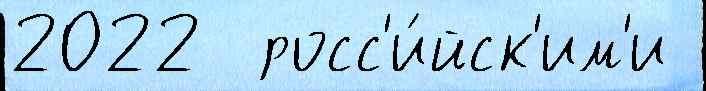
2022  росс'и́йск'им'и